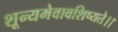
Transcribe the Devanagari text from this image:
शून्यमेवावशिष्यते।।